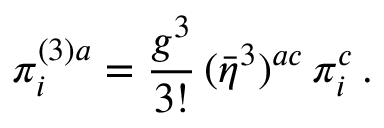
\pi _ { i } ^ { ( 3 ) a } = \frac { g ^ { 3 } } { 3 ! } \, ( \bar { \eta } ^ { 3 } ) ^ { a c } \, \pi _ { i } ^ { c } \, .